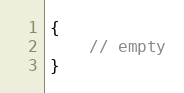
Language: C++
{
    // empty
}